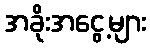
အခိုးအငွေ့များ